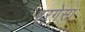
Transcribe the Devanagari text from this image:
हरगेसा